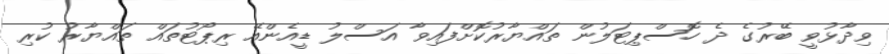
ވިދާޅުވީ ބޭރުގެ ދެ ހޮސްޕިޓަލުން ތައްޔާރުކޮށްފައިވާ އަސްލު ޑީއެންއޭ ރިޕޯޓުތައް ތައްޔާރު ކުރި